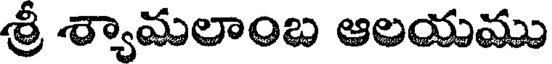
శ్రీ శ్యామలాంబ ఆలయము